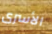
الأسرى